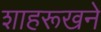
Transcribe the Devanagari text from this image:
शाहरूखने